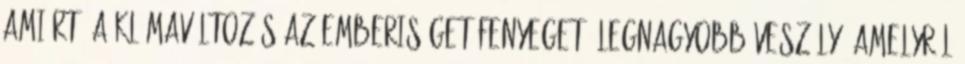
amiért. A klímaváltozás az emberiséget fenyegető legnagyobb veszély, amelyről